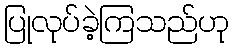
ပြုလုပ်ခဲ့ကြသည်ဟု